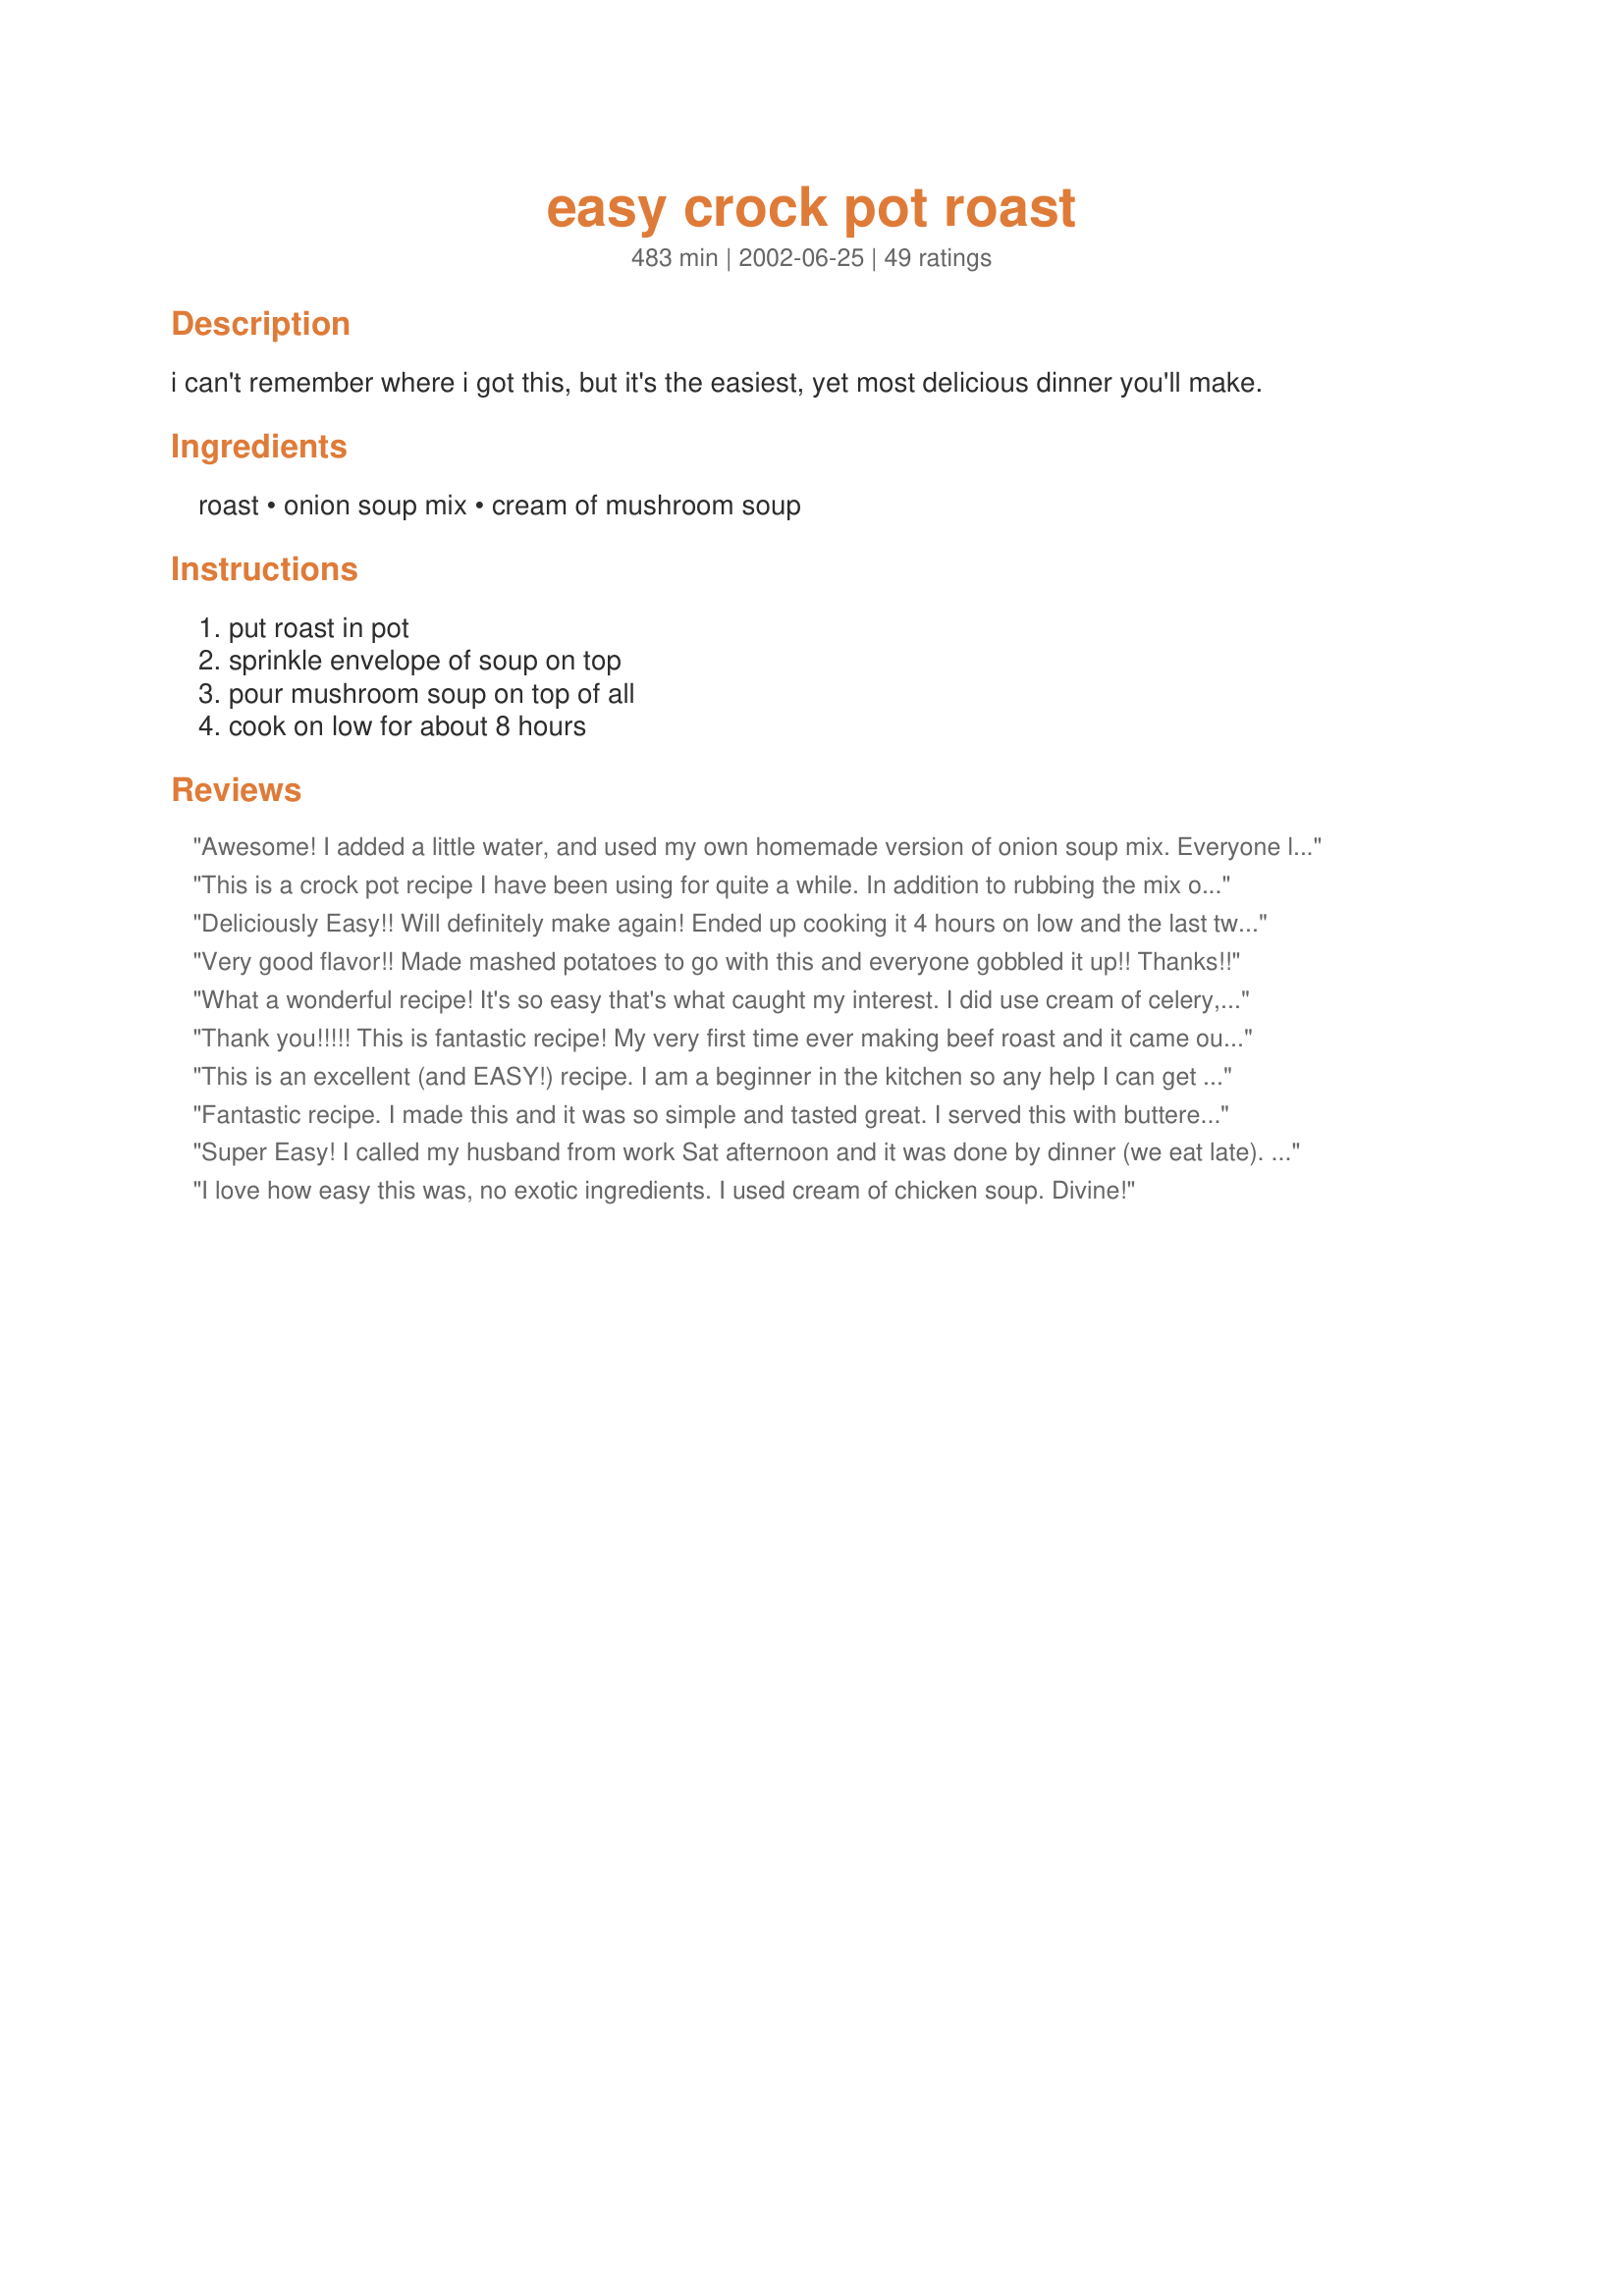
easy crock pot roast
Preparation time: 483 minutes

i can't remember where i got this, but it's the easiest, yet most delicious dinner you'll make.

Ingredients:
roast, onion soup mix, cream of mushroom soup

Steps:
put roast in pot, sprinkle envelope of soup on top, pour mushroom soup on top of all, cook on low for about 8 hours

Reviews:
Awesome! I added a little water, and used my own homemade version of onion soup mix. Everyone loved it! The gravy was great over baked potatoes. Thank you PMP!
This is a crock pot recipe I have been using for quite a while. In addition to rubbing the mix on the meat and pouring the soup over, I also slice an onion and put it in the pot with the roast. Instead of water, sometimes a 1/4 cup of wine adds a good flavor When making the gravy, add a can of mushrooms for added flavor.
Deliciously Easy!! Will definitely make again! Ended up cooking it 4 hours on low and the last two hours on high-was a little short on time, but it was still fantastic! I also put a bag of frozen pearl onions (precooked in the micro for four minutes and drained) and some baby carrots on top sprinkled some garlic salt and pepper for the last two hours. My husband loved it and had seconds. I served it with Buttered Noodles ( http://www.food.com/recipe/buttered-egg-noodles-best-ever-11107 ) - awesome. I made a little gravy at the end with butter, flour, beef broth, and some drippings from the crock pot-went perfectly with everything. Would also be fabulous with mashed potatoes. Yum Yum
Very good flavor!! Made mashed potatoes to go with this and everyone gobbled it up!! Thanks!!
What a wonderful recipe! It's so easy that's what caught my interest. I did use cream of celery, but i don't think it effected the taste one bit. I will be making this again.
Thank you!!!!! This is fantastic recipe! My very first time ever making beef roast and it came out perfect. :) I used Lipton's Onion and Mushroom soup mix and Cream of Mushroom with roasted garlic soup. This made for delicious gravy. My house smelled divine. Served with roasted garlic mashed potatoes and we had the best sunday dinner. And easiest! Thanks Bob Henry for posting. :)
This is an excellent (and EASY!) recipe.

I am a beginner in the kitchen so any help I can get is appreciated. I put this together this morning, took about 10 seconds, switched the crock pot on low and cooked it for about 9 hours.

The result? Probably the BEST Pot Roast I have ever tasted. I was so proud of myself for making it.

The meat was so tender it just fell apart. The flavors were perfect, not too salty *used low sodium Cream of Mushroom.

Served with some glazed carrots and dinner rolls (was too lazy to make mashed potatoes).

Wonderful recipe. Try this one you won't be disappointed. Thanks PMP.
Fantastic recipe. I made this and it was so simple and tasted great. I served this with buttered noodles and cheesy broccoli. Thank you for sharing with us.
Super Easy! I called my husband from work Sat afternoon and it was done by dinner (we eat late). He didn't mind putting this together at all! We both loved it and of course it makes great leftovers! Thanks for sharing :)
I love how easy this was, no exotic ingredients. I used cream of chicken soup. Divine!
Love these easy recipes for when I don't feel like fussing. I used a FROZEN chuck roast and cooked it on high for 4-5 hours. Instead of mushroom soup I used cream of celery soup. Thanks PMP!
Yum. This started cooking pretty quickly since I have a rather large crock so I added about 1/2 c. water. The meat just fell apart and everyone loved it! So glad I had some left over. I saved all the juices and I will thicken them to serve with the leftovers. Would be great over buttered egg noodles...hmmm with some sour cream I'm thinking a really easy stroganoff. What a treat!!
I've been making my pot roast like this for years and it always turns out great. We love the tenderness of the roast from the slow cooker and love the gravy over mashed potatoes.
Thanks! It is the greatest! Will make again and again!
This was fantastic! It doesn't get any easier or better tasting than this. Sometimes less is more when it comes to the ingredient list. Will be using this recipe from now on. Entire family loved it!
Tender-break it apart w/a fork and is delicious! Super easy -great for a hectic schedule. :-)
I've made very similar to this for years. Makes a great dish to take to a sickly friend - all in one.
I always use a chuck roast. I also add 2 T A-1 sauce and cut potatoes, carrots, mushrooms and a can of drained green beans. If the soup mixture is too thick for you, add some of the water from the beans. Sometimes I'll add a glug glug of red wine.
Buy a bigger roast (or 2), double the ingredients and do in a large roaster in your oven at 350 degrees for 2 1/2 - 3 hours. That way you have dinner for you and your friend.
Delicious! I added several chopped potatoes, a sliced onion and several handfuls of baby carrots, and so doubled the onion & mushroom soup. It smelled wonderful and the roast was super tender! Even with chopping the vegis, it only took about 10 minutes to throw together and was fantastic!! As easy as it gets - thank you so much!!
This is one of our favorite ways to eat beef roast - very moist and tender. I thickened the sauce at the end of the cook time by adding a cornstarch/water mixture. Makes wonderful gravy!
I have been making this recipe for as long as I can remember! Every now and then I decide to try another recipe and none are as good as this one in my opinion!! I cook it without vegetables most of the time and sometimes I cook it with potatoes, carrots and onions like I am doing today because I need an easy one pot meal. I would like to give a several hints that work well for me. #1 brown your meat well before putting it in the crock pot, I was told this by a butcher and it really boosts the flavor of everything. #2 Use the Campbell's Healthy Request soup if you are looking for lower sodium, it is lower in salt than their Low Sodium soup. #3 If you are adding veggies it takes longer to cook. #4 Do not add any salt the soups have all the salt you will need! # 5 I like to use a rump roast also known as bottom round, it's leaner. #6 When your roast is just tender enought to slice take it out, slice it and put it back in and continue to cook it till really tender and the slices will absorb a lot of juice and flavor. You will still have plenty of juice for gravy. #7 I like my gravy thicked a little so while I have the roast out to slice it I sprinkle in a little tapioca and it thickens as it continues to cook. No need to mix it in cold water or anything first so super easy trick.<br/><br/>BON APPETIT!!
One of those meals that is packed full of flavor without the effort. This is great to throw in the crockpot in the morning on those days you don't have much time to think about what to have for dinner.
Simple to make, yummy to eat. My roast (6 lb rump roast, so I doubled the recipe) was a football -watching crowd-pleaser, from 15 months to 65 years old. I made exactly as directed. The gravy was thick and rich, and the roast was tender.
What a great recipe and so easy!! I def make this again, and to get the sodium down I will make a homemade onion soup mix from Zaar. Tx for a great little recipe!
This is great. I don't add any water.. Just 1/2 cup of apple juice. I like to add carrots and some red potatoes. Bamm.. A Whole Meal!
I have made this recipe and my husband loves it! I always add baby carrots, potatoes, garlic, and pepper. The sauce is so amazing! left-overs were great as well
soooooo good. Mashed potatoes a must for the delicious gravy. I love my crockpot, and this is another one for it. I have made a roast with just the lipton onion soup, which we also like, but this is a keeper too.
I made this exactly as directed and had no need to add water or thicken the broth. Served the roast with mashed potatoes and peas it felt like we were eating a Sunday dinner on a Monday! My son declared that this is his new favorite meat!
Holy lord this was the best thing I've ever tasted!!! I cannot wait to have the leftovers! I had my in-laws over for lunch and I believe that with this recipe I have convinced my MIL to get a crock pot. The gravy...ohhh the gravy was to die for! I will be making this one over and over and over....THANK YOU SO MUCH Bob Henry!!
I had a very very very long day yesterday, and knew that I would want something tasty for dinner. Threw this in the crock pot yesterday morning around 6:30 on low with a bit of additional water, and had dh turn it off around 4:30 (I used a 3-4 lb roast). Got home around 7:30, heated it up and served it with mashed potatoes and steamed carrots. Thank you so much for sharing such an easy meal :)
This was delicious. I fixed a 4 3/4 lb. roast Sunday for 5 and everyone loved this. I must admit I added a small chopped onion and a 1/2 C. water (old habit I guess)
because my crockpot is huge and boy did this come out tender and juicy. This is a fast, simple and delicious roast. This will be made several times throughout this expected long winter. Thanks for a Great recipe.
This is a super crockpot recipe. We enjoyed this very much and it was very easy to prepare before leaving for work and what a wonderful aroma when I came home. Thank you!
Margie Brock
This was so easy, its hard to believe it turned out so delicious. Wonderful leftovers, too. Thanks so much for a foolproof recipe!
Delicious and easy -- what more could you ask for? I also needed to add a little water, but this is a wonderful meal.
best roast i've ever had. i added a lot more water because i cooked it longer while i was away at workg.
I love this quick and easy recipe. Great for when you know you are going to be on the run all day. My hubby is very fond of this recipe as well. Thank you.

This was VERY good!!!!
You are right the gravy is to die for!!!! If you don't like salty
then you should half the soup mix.
But we love salt and thought it
was perfect!!! Thanks for this great recipe!!!
I've been making pot roast for close to 30 years....I've tried all different methods, all different ways. I can't believe that this simple, easy crock pot roast was so good. It took me way less than 5 minutes to get it going, I used Healthy Request Cream of Mushroom Soup and just half a packet of the onion soup mix (I was afraid of the sodium, so just used half). Also, I tossed in half a box (about 1/4 lb.) sliced baby portobello mushrooms that needed to be used up. I let it cook in the crock pot for 9 hours and thought I'd have to thicken it for gravy, but, no, the gravy was perfect. I served it with mashed potatoes and baby green beans. Perfect meal! I made stew out of the leftovers, adding some chunked up boiled potatoes and it was still excellent. This is how I'm doing pot roast from now on. Thanks PMP!
best pot roast ever. really easy and didn't have to make gravy. I threw in some veggies and it was a compleat meal.
This is a wonderful roast It is so tender.
It leaves a wonderful gravy, I thickened it with 2 T of four mixed with water. I served it with
mashed potatoes. 
 This is a recipe that I will make many times
because it is so quick and easy.
This was a really nice roast recipe. I had this cooking all day on low. When suppertime came, I sliced the beef into thin pieces, and spooned some broth over it. I also made some broth into gravy. Some chose to eat it as sliced beef, some layered it onto a slice of homemade bread and then covered with the gravy - voila - a Lancaster County favorite - hot roast beef sandwich!
I served this alongside green beans w/ pine nuts and chinese fried rice - a delightful meal. Thanks for sharing! I'm filing this for future use when I know we're expecting company!!
Very easy and very good flavor! I was a little reluctant at first, but saw all the good reviews, so I did it. I am glad I did, I'll be sharing this recipe with everyone! My fiance, said it was really good too. When I made roast before, the juice was always really runny and spice wise something was just missing. Thank you so much PMP! I'll be making this again and I'm sure my friends and family will too! God bless and Merry Christmas!
Very easy and very yummy! I live for ease of preparation and cooking and this sure fit the bill. My crockpot is one of those quick cook ones, so I cooked my roast for 4 1/2 hours on low. I also added 1 1/2 cups of water to ensure moistness and it worked out great! My hubby normally dreads my roasts but he really liked this one and gave me his blessing to make it again.
this is the same roast my mom makes and I have made it before as well. It has a great taste but I find the gravy a little too runny, other than that its good:)!
So Yummy, cheap, and easy! Thank you for posting this great recipe!
FAB! Sooo EASY! I added a can of sliced mushrooms with a little of the juice, several pieces of garlic and 3 or 4 small onions cut into large chunks. I did all of this about midnight in 10 mminutes from start to finish and woke this moring to a D-E-V-I-N-E smelling house. Loved this easy meal. Thank you PMP!
I have been making this for a few years now. It is a great life saver when you forget to take out the roast. It can also be cooked in the oven just simply wrap it up in tin foil and cook.
This was absolutely wonderful!!! We had this for dinner on Sunday, and it was superb! I served it with steamed carrots with melted butter, rolls, and mashed tatoes and used the "gravy" that was in the crockpot for over the top of it. I also thickened it up a little with a cornstarch and milk mixture. I will definetly be making this again!
Nice and easy. We added 1 1/2 soup cans of water as we love gravy and thickened it right in the slow cooker with cornstarch and water 15 minutes before serving.
This came out very good...i added a packet of McCormick pot roast seasoning, a can of diced potatoes, and half a bag of frozen stir fry pepper and onion strips...The gravy was delicious and flavorful and the aroma was awesome:) We ate it for 3 days;)
